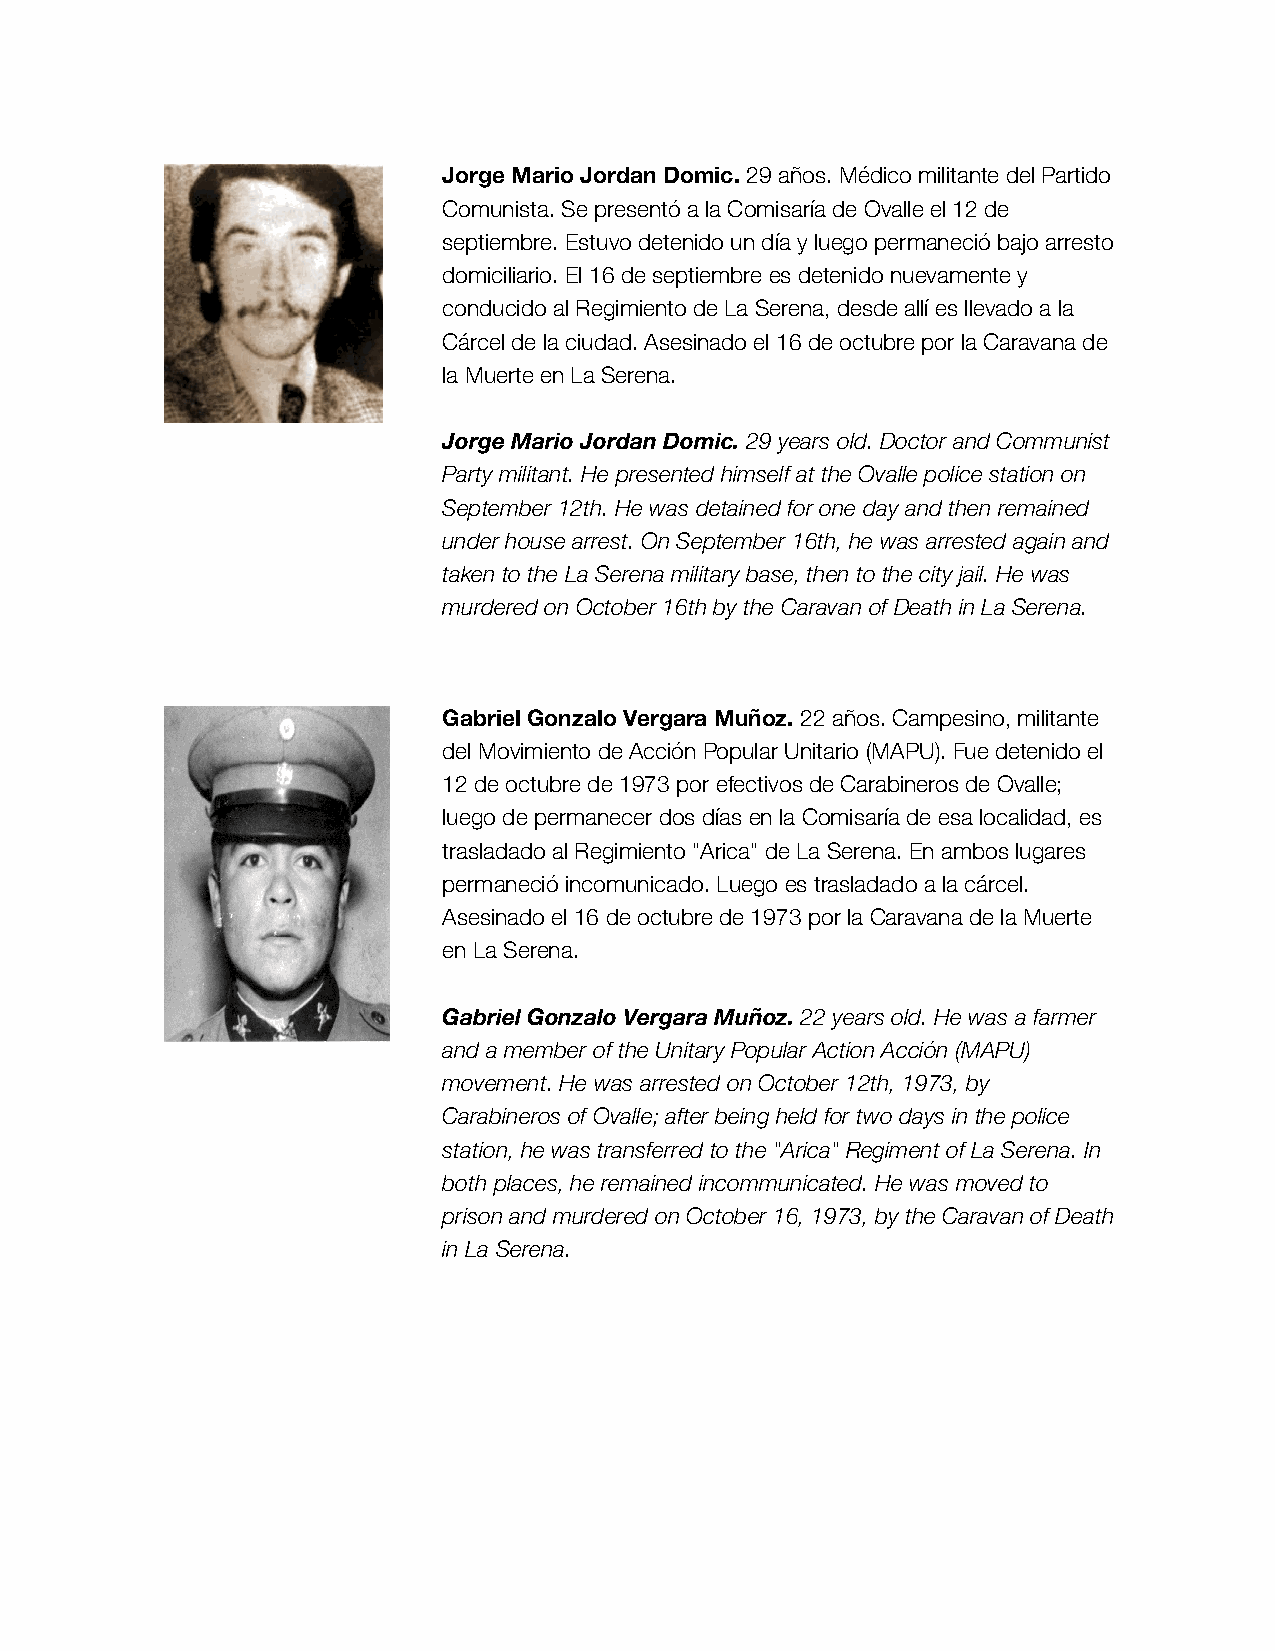
Jorge Mario Jordan Domic. 29 años. Médico militante del Partido
 Comunista. Se presentó a la Comisaría de Ovalle el 12 de
 septiembre. Estuvo detenido un día y luego permaneció bajo arresto
 domiciliario. El 16 de septiembre es detenido nuevamente y
 conducido al Regimiento de La Serena, desde allí es llevado a la
 Cárcel de la ciudad. Asesinado el 16 de octubre por la Caravana de
 la Muerte en La Serena.
 Jorge Mario Jordan Domic. 29 years old. Doctor and Communist
 Party militant. He presented himself at the Ovalle police station on
 September 12th. He was detained for one day and then remained
 under house arrest. On September 16th, he was arrested again and
 taken to the La Serena military base, then to the city jail. He was
 murdered on October 16th by the Caravan of Death in La Serena.
 Gabriel Gonzalo Vergara Muñoz. 22 años. Campesino, militante
 del Movimiento de Acción Popular Unitario (MAPU). Fue detenido el
 12 de octubre de 1973 por efectivos de Carabineros de Ovalle;
 luego de permanecer dos días en la Comisaría de esa localidad, es
 trasladado al Regimiento "Arica" de La Serena. En ambos lugares
 permaneció incomunicado. Luego es trasladado a la cárcel.
 Asesinado el 16 de octubre de 1973 por la Caravana de la Muerte
 en La Serena.
 Gabriel Gonzalo Vergara Muñoz. 22 years old. He was a farmer
 and a member of the Unitary Popular Action Acción (MAPU)
 movement. He was arrested on October 12th, 1973, by
 Carabineros of Ovalle; after being held for two days in the police
 station, he was transferred to the "Arica" Regiment of La Serena. In
 both places, he remained incommunicated. He was moved to
 prison and murdered on October 16, 1973, by the Caravan of Death
 in La Serena.